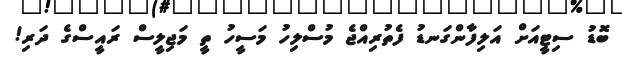
ބޮޑު ސިޓީއަށް އަލިފާންގަނޑު ފެތުރިއްޖެ މުސްލިހު މަސީހު ތީ މަޖިލީސް ރައީސްގެ ދަރި!